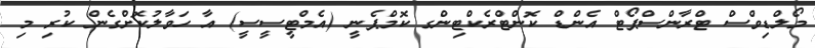
މޯލްޑިވްސް ޓްރާންސްޕޯޓް އެންޑް ކޮންޓްރެކްޓިންގ ކޮމްޕެނީ (އެމްޓީސީސީ) އާ ހަވާލުކޮށްގެން ކުރި މި